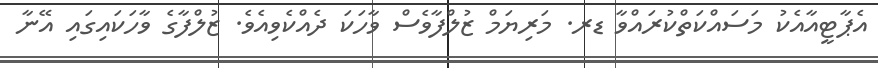
އެޕާޓީއާއެކު މަސައްކަތްކުރައްވާ ޑރ. މަރިޔަމް ޒުލްފާވެސް ވާހަކަ ދެއްކެވިއެވެ. ޒުލްފާގެ ވާހަކައިގައި އޭނާ